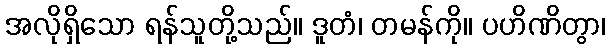
အလိုရှိသော ရန်သူတို့သည်။ ဒူတံ၊ တမန်ကို။ ပဟိဏိတွာ၊